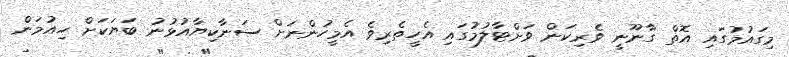
މިގައުމުގައި އޮތް ގާނޫނީ ވެރިކަން ވަށްޓާލުމުގައި އެހީތެރިވެ އެމީހުންނަށް ސަނާކިޔާއުޅުނު ބަޔަކަށް ހިއުމަން